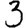
Digit: 3